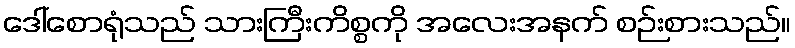
ဒေါ်စောရုံသည် သားကြီးကိစ္စကို အလေးအနက် စဉ်းစားသည်။